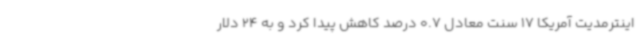
اینترمدیت آمریکا 17 سنت معادل 0.7 درصد کاهش پیدا کرد و به 24 دلار